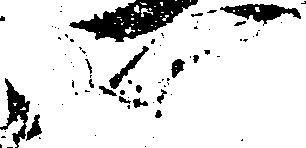
い